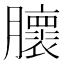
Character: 𰯨